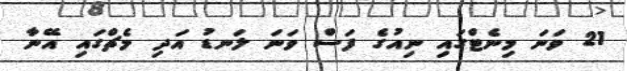
21 ވަނަ މިނެޓްގައި ނިއުގެ ފަސް ވަނަ ލަނޑު އަދި މެޗްގައި އޭނާ